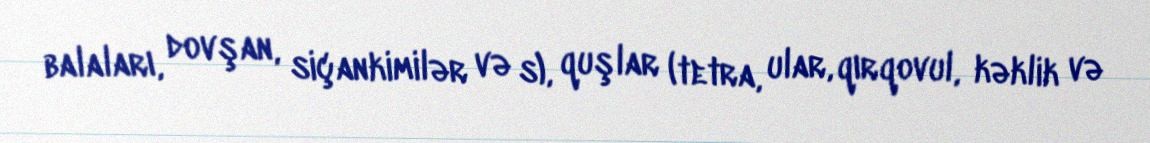
balaları, dovşan, siçankimilər və s), quşlar (tetra, ular, qırqovul, kəklik və